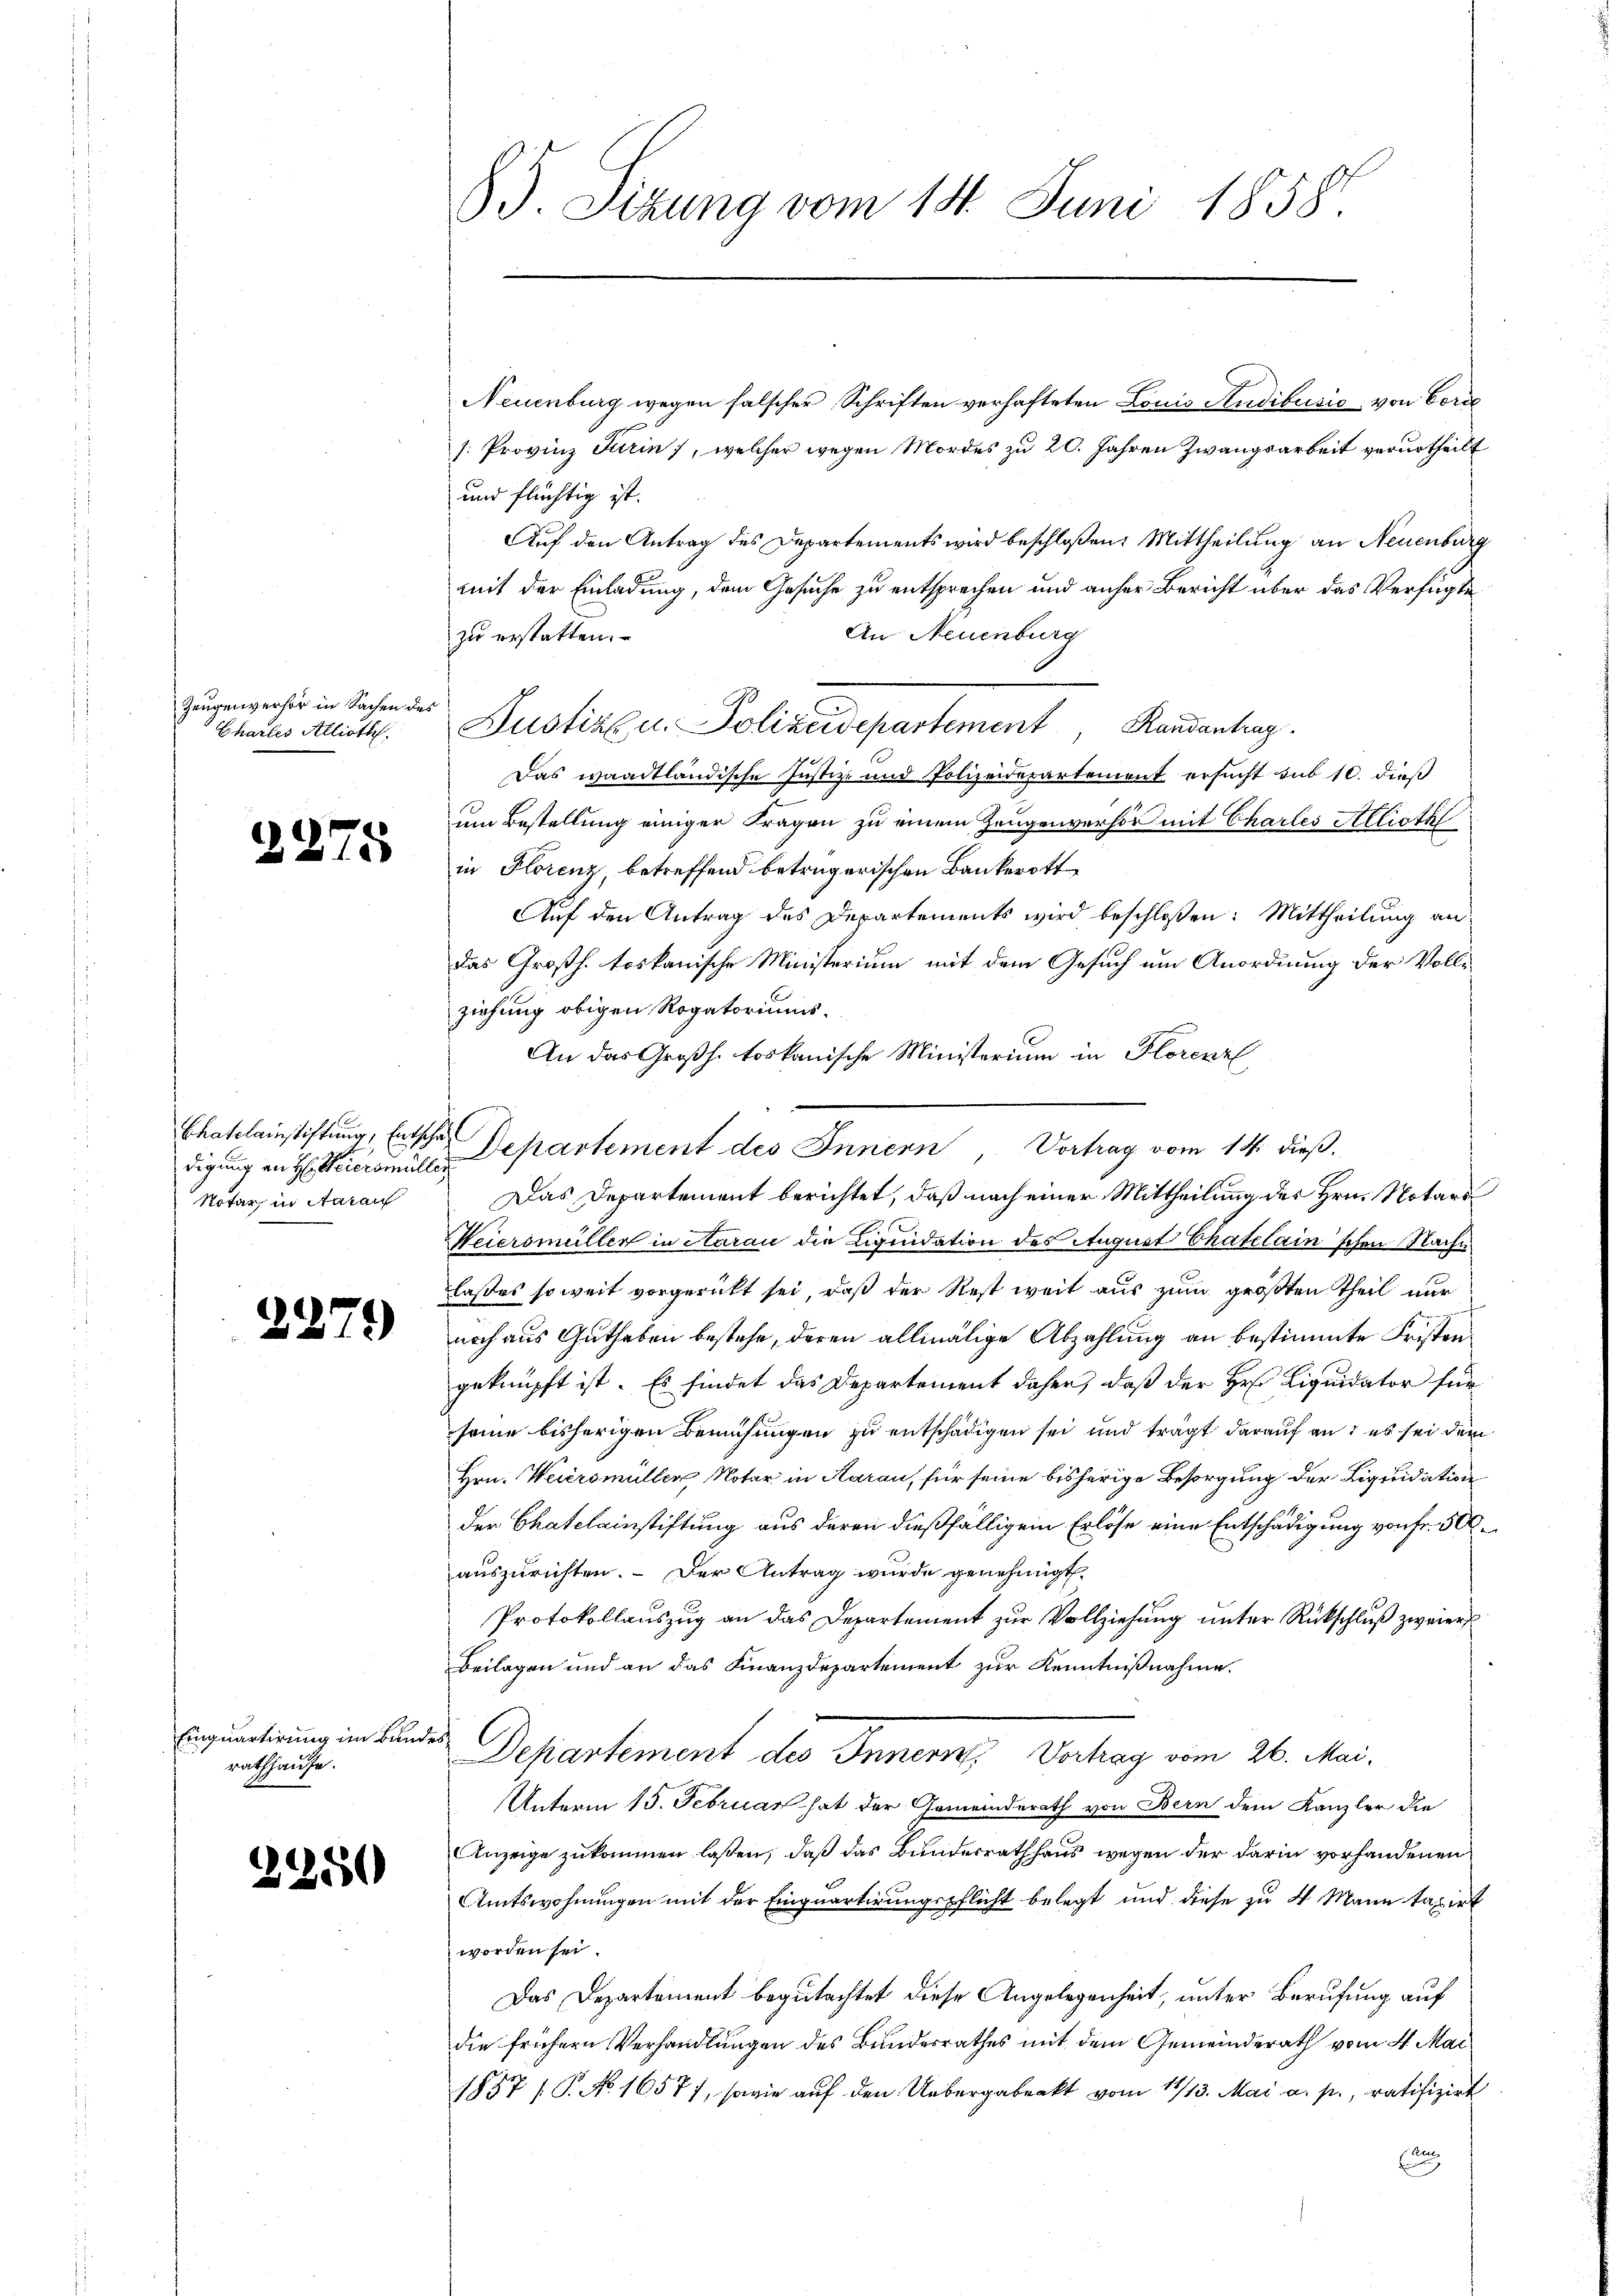
Zeugenverhör in Sachen des
Charles Allioth

29

2279

.

d

digung an H: Weiersmüller
Notar in Aarau

Einquartirung im Bandes
rathhause.

2250

85. Sizung vom 14. Juni 1858.

Neuenburg wegen falscher Schriften verhafteten Louis Studibusis von Corre
s: Provinz Turin], welcher wegen Mordes zu 20. Jahren Zwangsarbeit verurtheilt
und flüchtig ist.
Auf den Antrag des Departements wird beschloßen: Mittheilung an Neuenburg
mit der Einladung, dem Gesuche zu entsprechen und anher Bericht über das Verfügte
An Neuenburg
zu erstatten.
Dustiz u. Polizeidepartement, Randantrag
Das waadtländische Justiz- und Polizeidepartement ersucht sub 10. dieß
um Bestellung einiger Fragen zu einem Zeugenverhör mit Charles Allioth
in Florenz, betreffend betrügerischen Bankerott
Auf den Antrag des Departements wird beschloßen: Mittheilung an
das Großh. toskanische Ministerium mit dem Gesuch um Anordnung der Vollziehung obigen Rogatoriums.
An das Großh. torkanische Ministerium in Florenzl
Das Departement berichtet, daß nach einer Mittheilung des Hrn. Notari
Weiermüller in Aarau die Liquidation des August Chatelain'schen Nachlaßes soweit vorgerückt sei, daß der Rest weit aus zum größten Theil nur
noch aus Guthaben bestehe, deren allmälige Abzahlung an bestimmte Fristengeknüpft ist. Es findet das Departement daher, daß der Hr. Liquidator für
seine bisherigen Bemühungen zu entschädigen sei und trägt darauf an: es sei dem
Hrn. Weiermüller Notar in Aarau, für seine bisherige Besorgung der Liquidation
der Chatelainstiftung aus deren dießfälligem Erlöse eine Entschädigung von fr. 500.
auszurichten. - Der Antrag wurde genehmigt.
Protokollauszug an das Departement zur Vollziehung unter Rückschluß zweier
Beilagen und an das Finanzdepartement zur Kenntnißnahme.
Departement des Innern, Vertrag vom 26. Mai
Unterm 15. Februar hat der Gemeinderath von Bern dem Kanzler die
Anzeige zukommen lassen, daß das Bunderrathhaus wegen der darin vorhandenen
Amtswohnungen mit der Einquartirungspflicht belegt und diese zu 4 Mann taxirt
worden sei.
Das Departement begutachtet diese Angelegenheit, unter Berufung auf
die frühern Verhandlungen des Bundesrathes mit dem Gemeinderath vom 4. Mai
1857 / P. No. 16571, sowie auf den Uebergabeakt vom 14/13. Mai a. p., ratifizirt
n

Chatelainstiftung, Entsche Departement des Innern Vortrag vom 14. dieß.